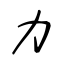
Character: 力